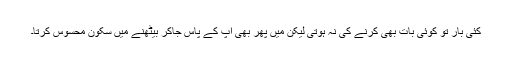
کئی بار تو کوئی بات بھی کرنے کی نہ ہوتی لیکن مَیں پھر بھی آپ کے پاس جاکر بیٹھنے میں سکون محسوس کرتا۔